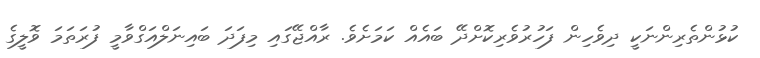
ކުޅުންތެރިންނަކީ ދިވެހިން ފަހުރުވެރިކޮށްދޭ ބައެއް ކަމަށެވެ. ރާއްޖޭގައި މިފަދަ ބައިނަލްއަގްވާމީ ފުރަތަމަ ވޮލީގެ